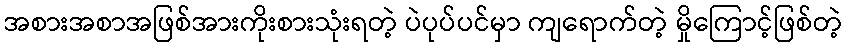
အစားအစာအဖြစ်အားကိုးစားသုံးရတဲ့ ပဲပုပ်ပင်မှာ ကျရောက်တဲ့ မှိုကြောင့်ဖြစ်တဲ့